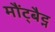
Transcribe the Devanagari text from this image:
मौंट्बैट्न